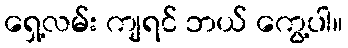
ရှေ့လမ်း ကျရင် ဘယ် ကွေ့ပါ။